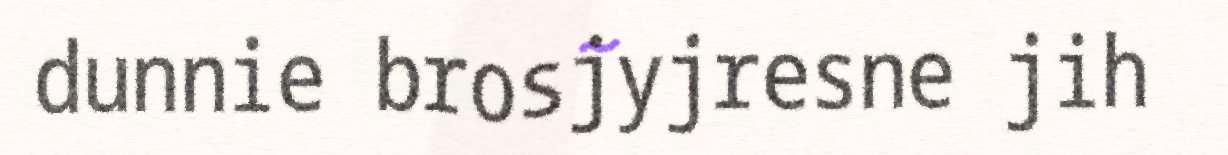
dunnie brosjyjresne jih